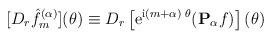
LaTeX: \begin{align*}[D_r{\hat f}_m^{(\alpha)}](\theta) \equiv D_r \left[{\rm e}^{{\rm i}(m+\alpha)\;{\theta}} ({\bf P}_{\alpha}{f})\right](\theta)\end{align*}